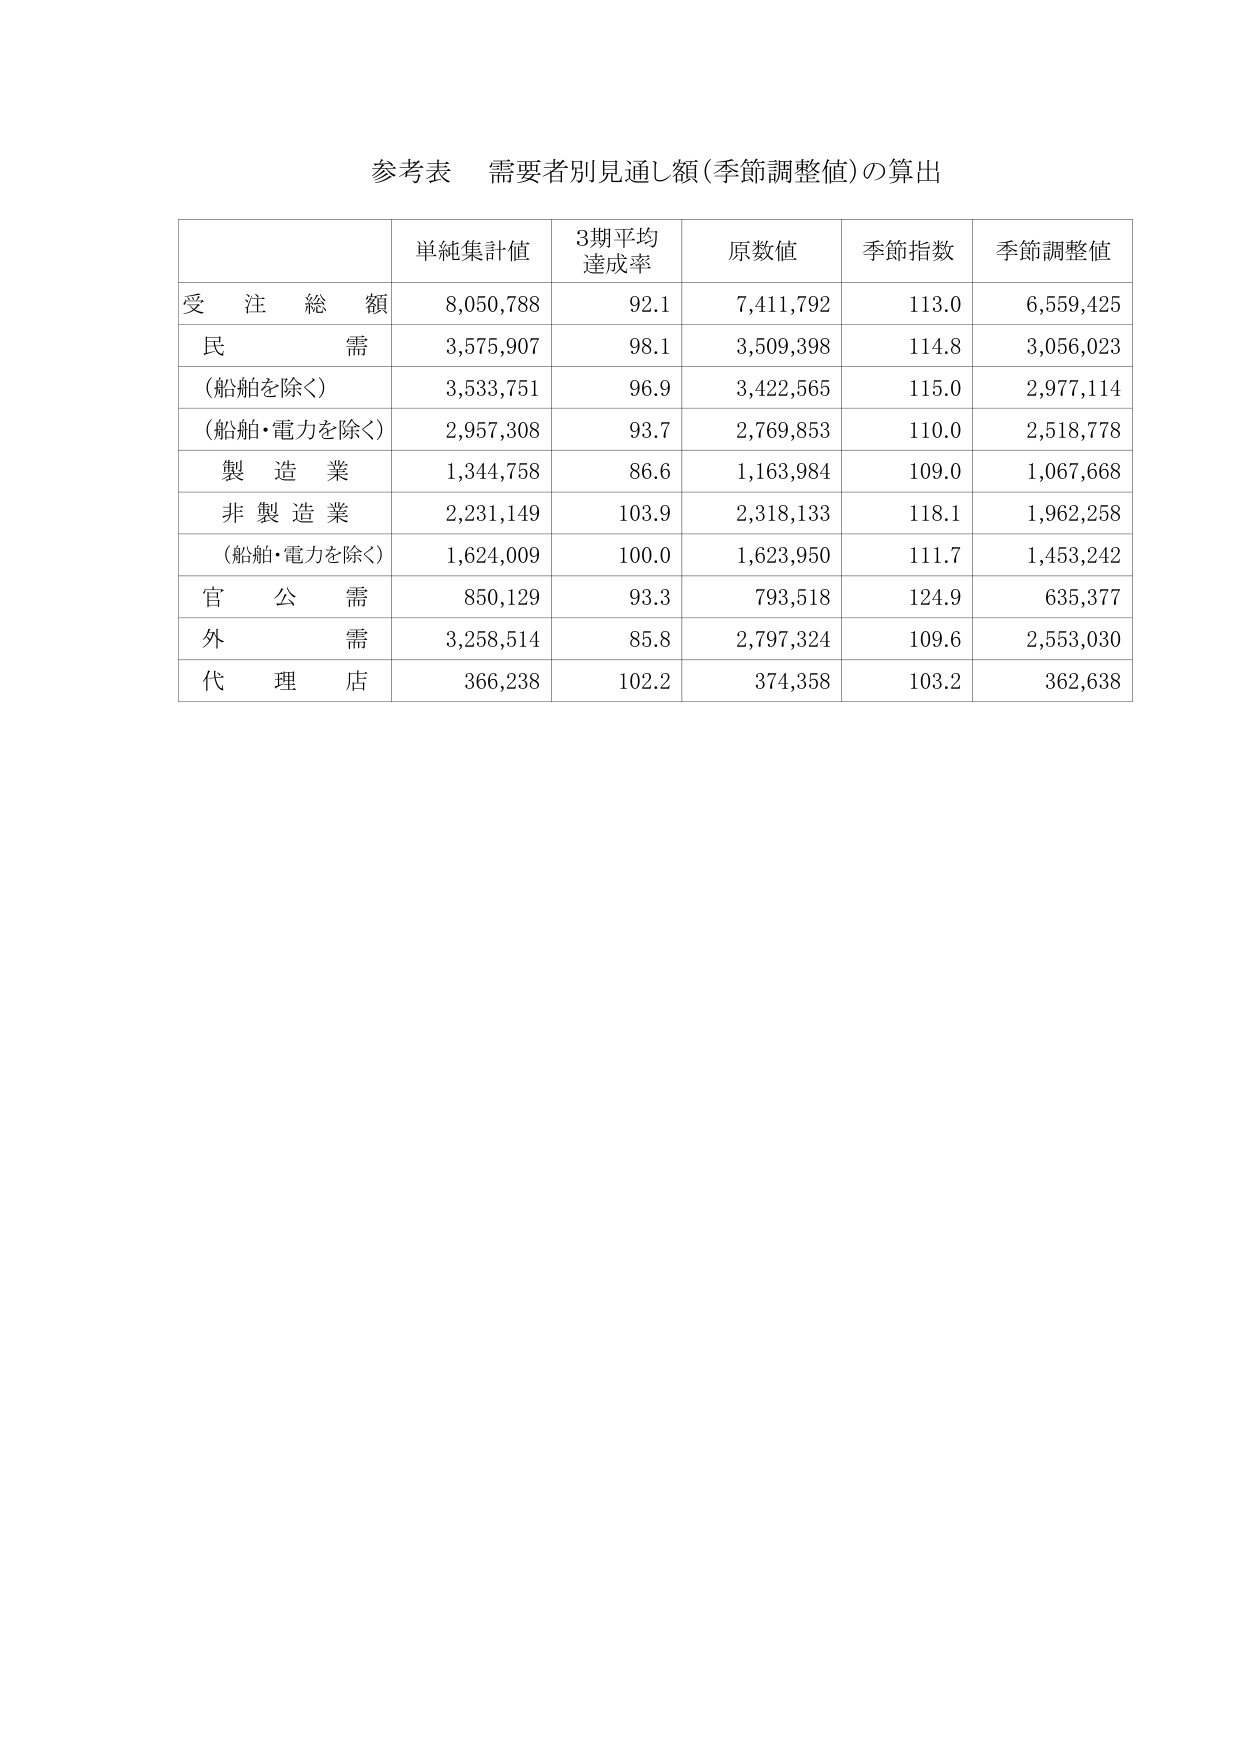
参考表　需要者別見通し額（季節調整値）の算出

単純集計値　　3期平均達成率　　原数値　　季節指数　　季節調整値
受注総額　　　8,050,788　　　92.1　　　7,411,792　　　113.0　　　6,559,425
民需　　　　　3,575,907　　　98.1　　　3,509,398　　　114.8　　　3,056,023
（船舶を除く）　3,533,751　　　96.9　　　3,422,565　　　115.0　　　2,977,114
（船舶・電力を除く）　2,957,308　　　93.7　　　2,769,853　　　110.0　　　2,518,778
製造業　　　　1,344,758　　　86.6　　　1,163,984　　　109.0　　　1,067,668
非製造業　　　2,231,149　　　103.9　　　2,318,133　　　118.1　　　1,962,258
（船舶・電力を除く）　1,624,009　　　100.0　　　1,623,950　　　111.7　　　1,453,242
官公需　　　　850,129　　　93.3　　　793,518　　　124.9　　　635,377
外需　　　　　3,258,514　　　85.8　　　2,797,324　　　109.6　　　2,553,030
代理店　　　　366,238　　　102.2　　　374,358　　　103.2　　　362,638